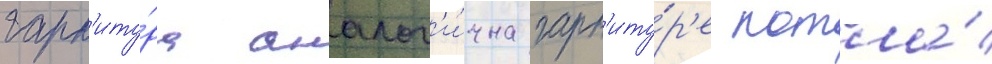
гарн'иту́ра аналог'и́чна гарн'иту́р'е котла́